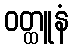
ဝတ္ထူနံ